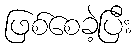
ဖြစ်စေခဲ့ပြီး